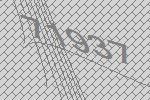
71937